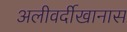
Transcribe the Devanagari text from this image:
अलीवर्दीखानास